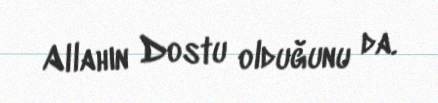
Allahın Dostu olduğunu da.